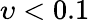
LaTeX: \upsilon<0.1